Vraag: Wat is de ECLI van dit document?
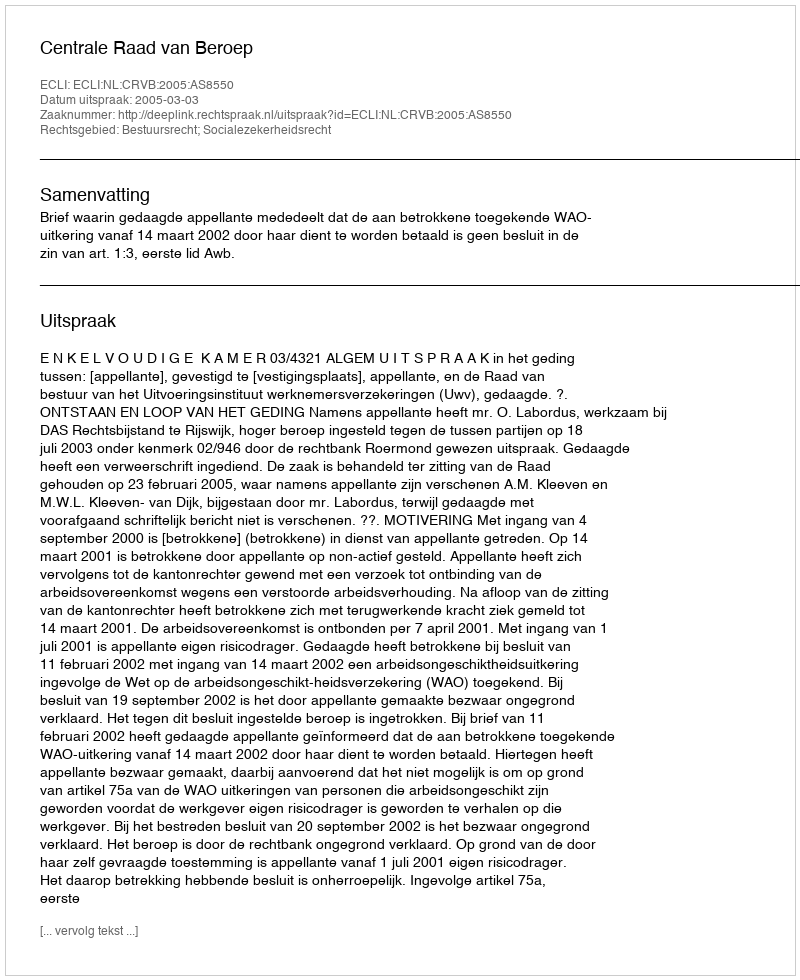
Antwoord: ECLI:NL:CRVB:2005:AS8550